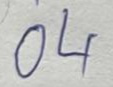
04